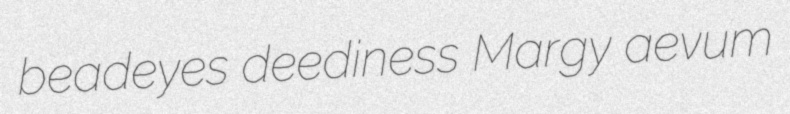
beadeyes deediness Margy aevum